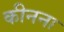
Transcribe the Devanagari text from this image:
कीनना